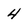
Character: 4